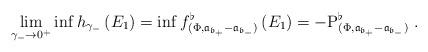
LaTeX: \begin{align*}\lim_{\gamma _{-}\rightarrow 0^{+}}\inf h_{\gamma _{-}}\left( E_{1}\right)=\inf f_{(\Phi ,\mathfrak{a}_{\mathfrak{b}_{+}}-\mathfrak{a}_{\mathfrak{b}_{-}})}^{\flat }\left( E_{1}\right) =-\mathrm{P}_{(\Phi ,\mathfrak{a}_{\mathfrak{b}_{+}}-\mathfrak{a}_{\mathfrak{b}_{-}})}^{\flat }\ .\end{align*}